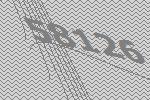
58126